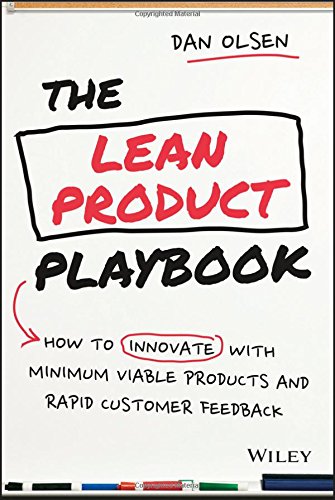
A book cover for The Lean Product Playbook: How to Innovate with Minimum Viable Products and Rapid Customer Feedback; Dan Olsen; Business & Money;